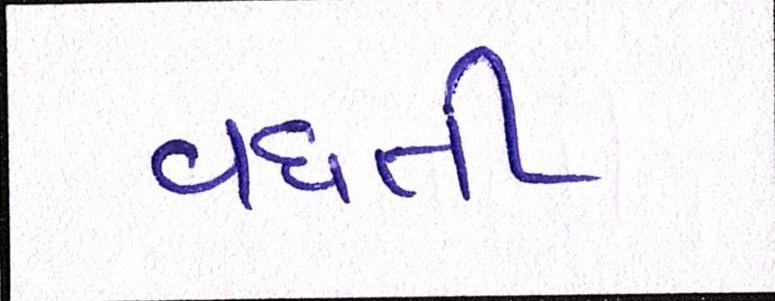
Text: વધતી